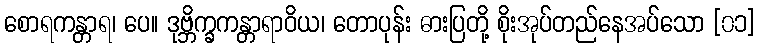
စောရကန္တာရ၊ ပေ။ ဒုဗ္ဘိက္ခကန္တာရာဝိယ၊ တောပုန်း ဓားပြတို့ စိုးအုပ်တည်နေအပ်သော [၀၁]